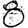
Digit: 8